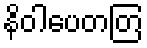
နိဝါပေတတြ